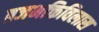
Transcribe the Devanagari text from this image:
ब्रजभक्तिविलास